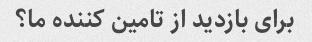
برای بازدید از تامین کننده ما؟